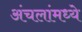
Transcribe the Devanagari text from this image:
अंचलांमध्ये